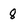
Character: 8